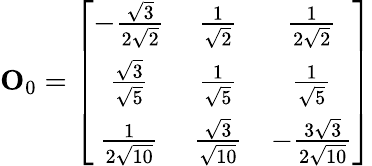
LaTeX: {\mathbf O}_{0}=\left[\begin{array}{ccc}{{-\frac{\sqrt{3}}{2\sqrt{2}}}}&{{\frac{1}{\sqrt{2}}}}&{{\frac{1}{2\sqrt{2}}}}\\ {{\frac{\sqrt{3}}{\sqrt{5}}}}&{{\frac{1}{\sqrt{5}}}}&{{\frac{1}{\sqrt{5}}}}\\ {{\frac{1}{2\sqrt{10}}}}&{{\frac{\sqrt{3}}{\sqrt{10}}}}&{{-\frac{3\sqrt{3}}{2\sqrt{10}}}}\end{array}\right]